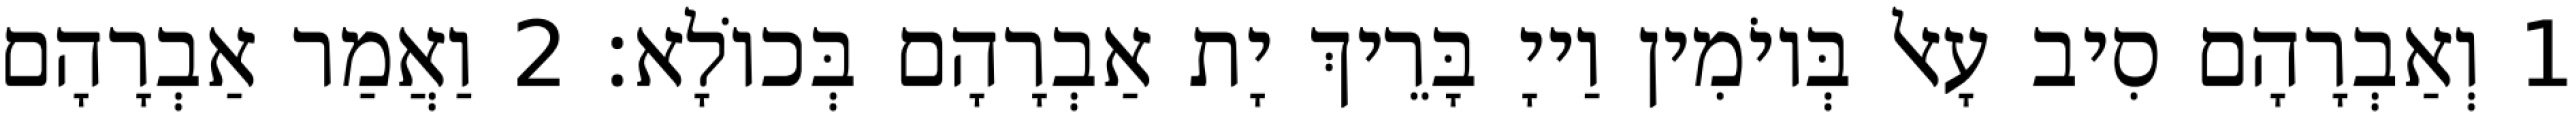
1 וְאַבְרָהָם סִיב עָאל בְּיוֹמִין וַייָ בָּרֵיךְ יָת אַבְרָהָם בְּכוֹלָא׃ 2 וַאֲמַר אַבְרָהָם